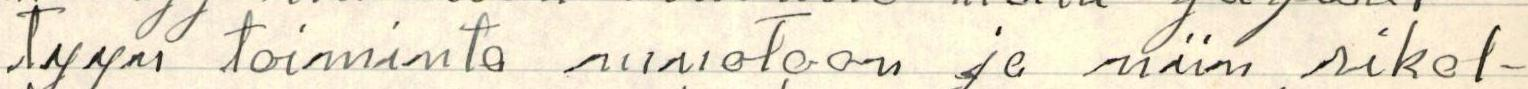
tyyn toiminta muotoon ja niin rikol-